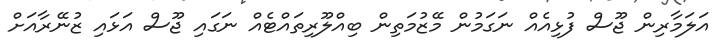
އަލަމާރިން ޖޫސް ފުޅިއެއް ނަގަމުން މޭޒުމަތިން ބިއްލޫރިތައްޓެއް ނަގައި ޖޫސް އަޅައި ޒުނޭރާއަށް